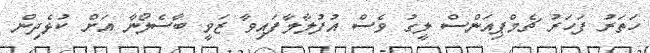
ހަތަރު ފަހަރު ޗެމްޕިއަންސް ލީގު ވެސް އުފުލާލާފައިވާ ޒަވީ ބާސެލޯނާ އަށް ކުޅެދިން